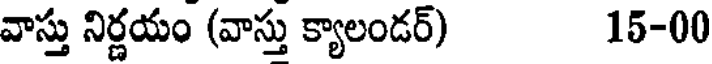
వాస్తు నిర్ణయం (వాస్తు క్యాలండర్) 15-00